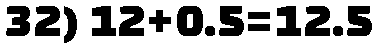
32) 12+0.5=12.5